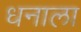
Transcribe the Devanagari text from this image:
धनाला